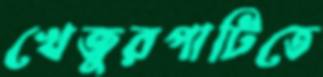
খেজুরপাটিতে